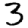
Digit: 3